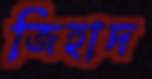
জিহাদ